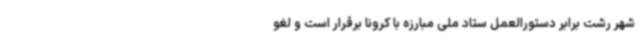
شهر رشت برابر دستورالعمل ستاد ملی مبارزه با کرونا برقرار است و لغو